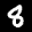
Label: 8